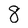
Character: 8